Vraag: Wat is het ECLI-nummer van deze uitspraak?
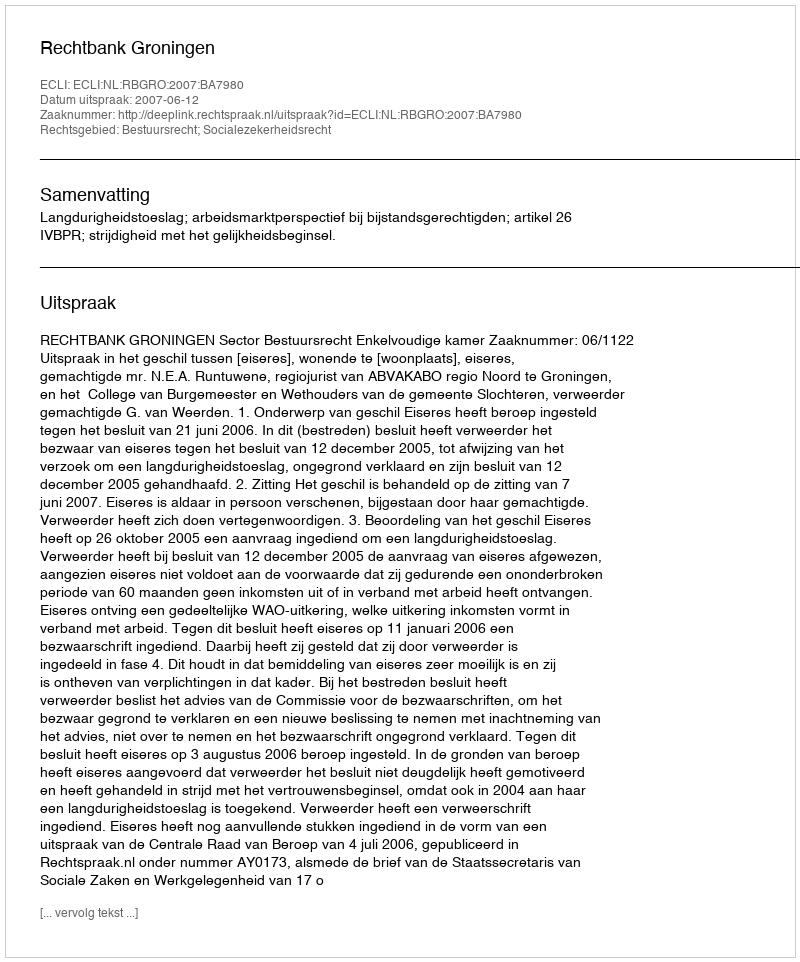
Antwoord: ECLI:NL:RBGRO:2007:BA7980